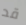
قد